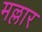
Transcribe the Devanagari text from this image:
मल्लार